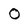
Character: O